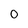
Character: 0